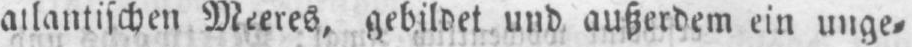
atlantischen Meeres, gebildet und außerdem ein unge⸗